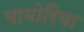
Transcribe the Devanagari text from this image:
मामोरिया